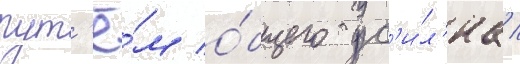
пут'ё́м о́бщего ус'и́л'иа /